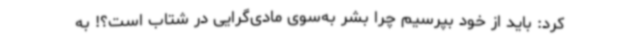
کرد: باید از خود بپرسیم چرا بشر به‌سوی مادی‌گرایی در شتاب است؟! به